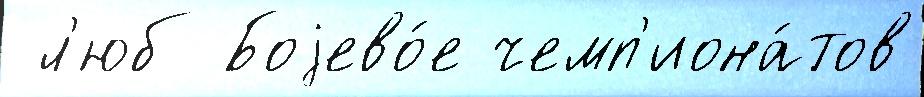
 л'юб Боjево́е чемп'иона́тов